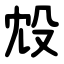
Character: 㱽